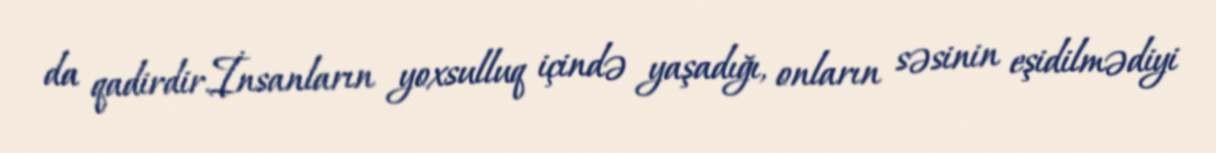
da qadirdir.İnsanların yoxsulluq içində yaşadığı, onların səsinin eşidilmədiyi